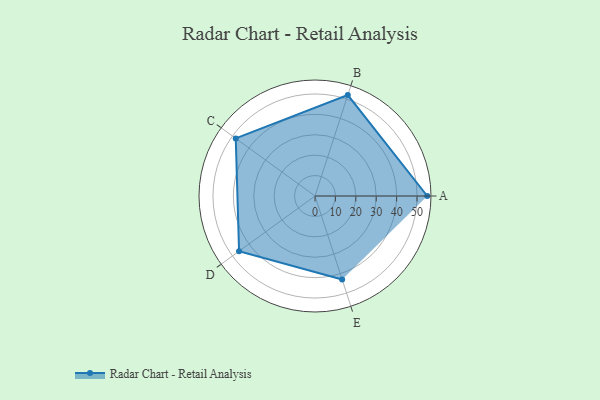
{"axis": {"x": "Skill", "y": "Score"}, "legend": ["Profile"], "data": [{"x": "A", "y": 55.0, "type": "Profile"}, {"x": "B", "y": 52.0, "type": "Profile"}, {"x": "C", "y": 48.0, "type": "Profile"}, {"x": "D", "y": 46.0, "type": "Profile"}, {"x": "E", "y": 43.0, "type": "Profile"}]}